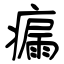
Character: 瘺